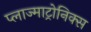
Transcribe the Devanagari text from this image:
प्लाज्माट्रोनिक्स